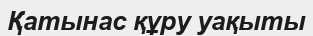
Қатынас құру уақыты